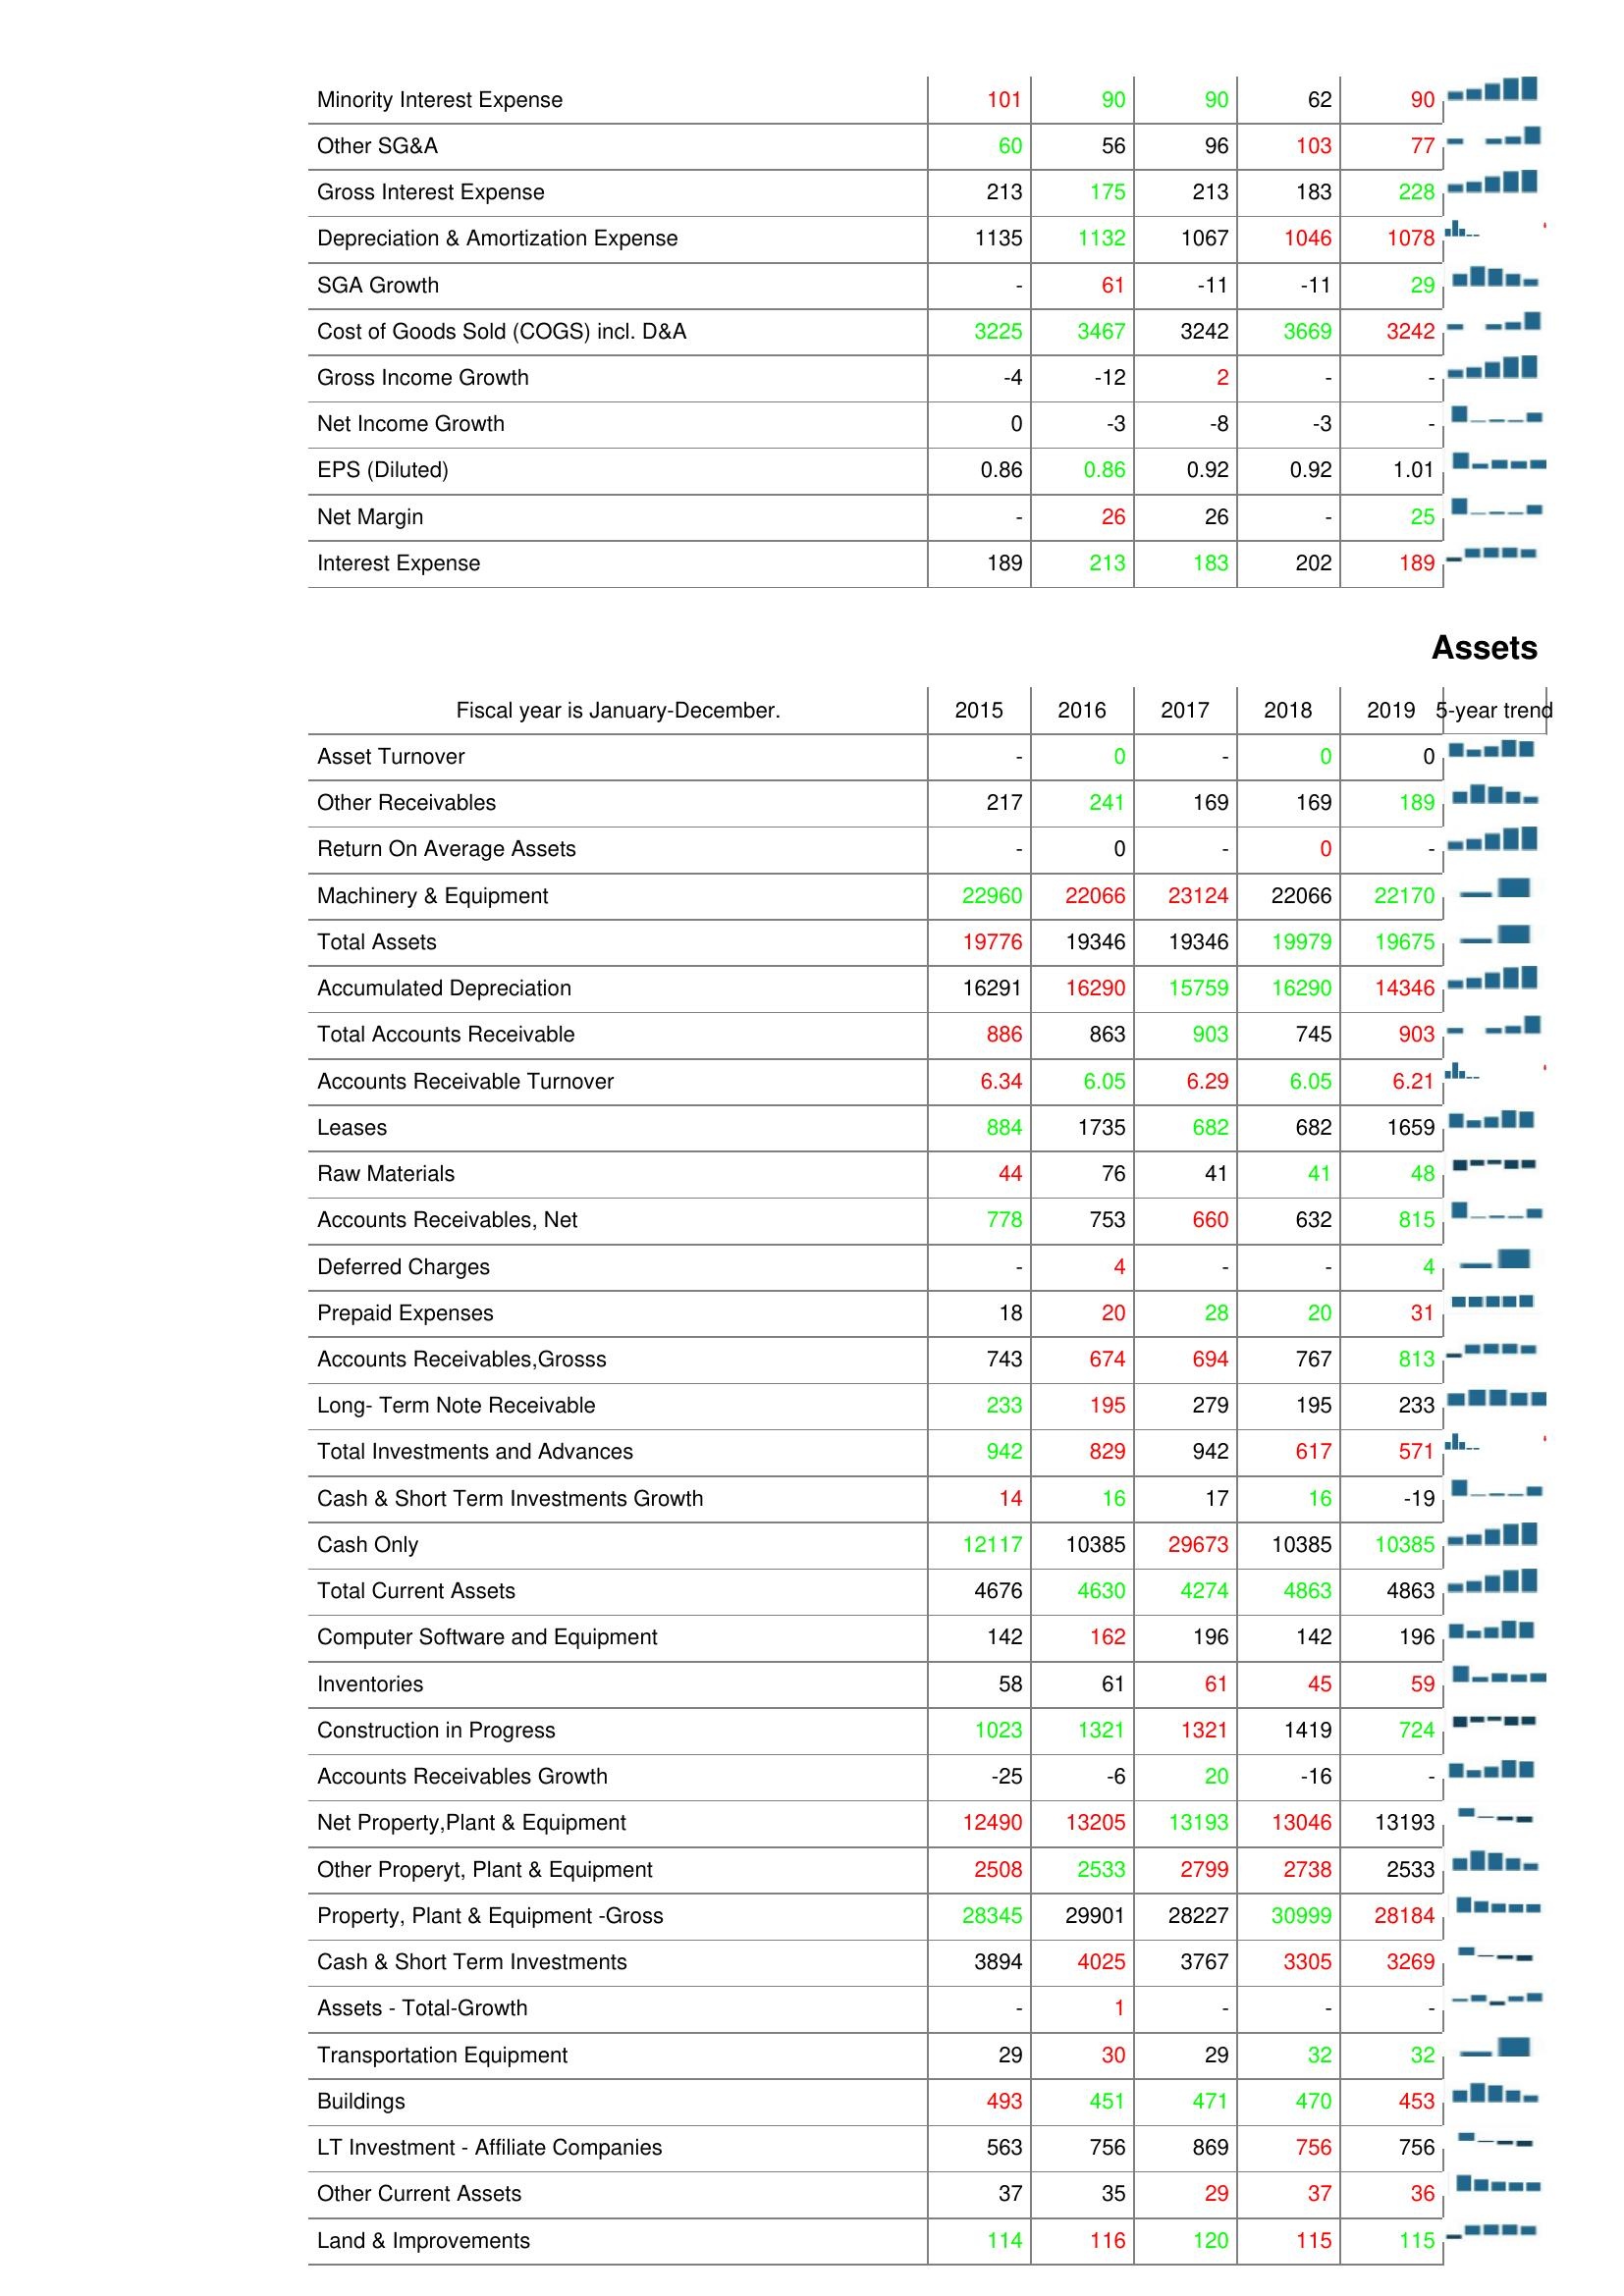
2015: : Minority Interest Expense: 101
Other SG&A: 60
Gross Interest Expense: 213
Depreciation & Amortization Expense: 1135
SGA Growth: -
Cost of Goods Sold (COGS) incl. D&A: 3225
Gross Income Growth: -4
Net Income Growth: 0
EPS (Diluted): 0.86
Net Margin: -
Interest Expense: 189
Assets: Asset Turnover: -
Other Receivables: 217
Return On Average Assets: -
Machinery & Equipment: 22960
Total Assets: 19776
Accumulated Depreciation: 16291
Total Accounts Receivable: 886
Accounts Receivable Turnover: 6.34
Leases: 884
Raw Materials: 44
Accounts Receivables, Net: 778
Deferred Charges: -
Prepaid Expenses: 18
Accounts Receivables,Grosss: 743
Long- Term Note Receivable: 233
Total Investments and Advances: 942
Cash & Short Term Investments Growth: 14
Cash Only: 12117
Total Current Assets: 4676
Computer Software and Equipment: 142
Inventories: 58
Construction in Progress: 1023
Accounts Receivables Growth: -25
Net Property,Plant & Equipment: 12490
Other Properyt, Plant & Equipment: 2508
Property, Plant & Equipment -Gross: 28345
Cash & Short Term Investments: 3894
Assets - Total-Growth: -
Transportation Equipment: 29
Buildings: 493
LT Investment - Affiliate Companies: 563
Other Current Assets: 37
Land & Improvements: 114
2016: : Minority Interest Expense: 90
Other SG&A: 56
Gross Interest Expense: 175
Depreciation & Amortization Expense: 1132
SGA Growth: 61
Cost of Goods Sold (COGS) incl. D&A: 3467
Gross Income Growth: -12
Net Income Growth: -3
EPS (Diluted): 0.86
Net Margin: 26
Interest Expense: 213
Assets: Asset Turnover: 0
Other Receivables: 241
Return On Average Assets: 0
Machinery & Equipment: 22066
Total Assets: 19346
Accumulated Depreciation: 16290
Total Accounts Receivable: 863
Accounts Receivable Turnover: 6.05
Leases: 1735
Raw Materials: 76
Accounts Receivables, Net: 753
Deferred Charges: 4
Prepaid Expenses: 20
Accounts Receivables,Grosss: 674
Long- Term Note Receivable: 195
Total Investments and Advances: 829
Cash & Short Term Investments Growth: 16
Cash Only: 10385
Total Current Assets: 4630
Computer Software and Equipment: 162
Inventories: 61
Construction in Progress: 1321
Accounts Receivables Growth: -6
Net Property,Plant & Equipment: 13205
Other Properyt, Plant & Equipment: 2533
Property, Plant & Equipment -Gross: 29901
Cash & Short Term Investments: 4025
Assets - Total-Growth: 1
Transportation Equipment: 30
Buildings: 451
LT Investment - Affiliate Companies: 756
Other Current Assets: 35
Land & Improvements: 116
2017: : Minority Interest Expense: 90
Other SG&A: 96
Gross Interest Expense: 213
Depreciation & Amortization Expense: 1067
SGA Growth: -11
Cost of Goods Sold (COGS) incl. D&A: 3242
Gross Income Growth: 2
Net Income Growth: -8
EPS (Diluted): 0.92
Net Margin: 26
Interest Expense: 183
Assets: Asset Turnover: -
Other Receivables: 169
Return On Average Assets: -
Machinery & Equipment: 23124
Total Assets: 19346
Accumulated Depreciation: 15759
Total Accounts Receivable: 903
Accounts Receivable Turnover: 6.29
Leases: 682
Raw Materials: 41
Accounts Receivables, Net: 660
Deferred Charges: -
Prepaid Expenses: 28
Accounts Receivables,Grosss: 694
Long- Term Note Receivable: 279
Total Investments and Advances: 942
Cash & Short Term Investments Growth: 17
Cash Only: 29673
Total Current Assets: 4274
Computer Software and Equipment: 196
Inventories: 61
Construction in Progress: 1321
Accounts Receivables Growth: 20
Net Property,Plant & Equipment: 13193
Other Properyt, Plant & Equipment: 2799
Property, Plant & Equipment -Gross: 28227
Cash & Short Term Investments: 3767
Assets - Total-Growth: -
Transportation Equipment: 29
Buildings: 471
LT Investment - Affiliate Companies: 869
Other Current Assets: 29
Land & Improvements: 120
2018: : Minority Interest Expense: 62
Other SG&A: 103
Gross Interest Expense: 183
Depreciation & Amortization Expense: 1046
SGA Growth: -11
Cost of Goods Sold (COGS) incl. D&A: 3669
Gross Income Growth: -
Net Income Growth: -3
EPS (Diluted): 0.92
Net Margin: -
Interest Expense: 202
Assets: Asset Turnover: 0
Other Receivables: 169
Return On Average Assets: 0
Machinery & Equipment: 22066
Total Assets: 19979
Accumulated Depreciation: 16290
Total Accounts Receivable: 745
Accounts Receivable Turnover: 6.05
Leases: 682
Raw Materials: 41
Accounts Receivables, Net: 632
Deferred Charges: -
Prepaid Expenses: 20
Accounts Receivables,Grosss: 767
Long- Term Note Receivable: 195
Total Investments and Advances: 617
Cash & Short Term Investments Growth: 16
Cash Only: 10385
Total Current Assets: 4863
Computer Software and Equipment: 142
Inventories: 45
Construction in Progress: 1419
Accounts Receivables Growth: -16
Net Property,Plant & Equipment: 13046
Other Properyt, Plant & Equipment: 2738
Property, Plant & Equipment -Gross: 30999
Cash & Short Term Investments: 3305
Assets - Total-Growth: -
Transportation Equipment: 32
Buildings: 470
LT Investment - Affiliate Companies: 756
Other Current Assets: 37
Land & Improvements: 115
2019: : Minority Interest Expense: 90
Other SG&A: 77
Gross Interest Expense: 228
Depreciation & Amortization Expense: 1078
SGA Growth: 29
Cost of Goods Sold (COGS) incl. D&A: 3242
Gross Income Growth: -
Net Income Growth: -
EPS (Diluted): 1.01
Net Margin: 25
Interest Expense: 189
Assets: Asset Turnover: 0
Other Receivables: 189
Return On Average Assets: -
Machinery & Equipment: 22170
Total Assets: 19675
Accumulated Depreciation: 14346
Total Accounts Receivable: 903
Accounts Receivable Turnover: 6.21
Leases: 1659
Raw Materials: 48
Accounts Receivables, Net: 815
Deferred Charges: 4
Prepaid Expenses: 31
Accounts Receivables,Grosss: 813
Long- Term Note Receivable: 233
Total Investments and Advances: 571
Cash & Short Term Investments Growth: -19
Cash Only: 10385
Total Current Assets: 4863
Computer Software and Equipment: 196
Inventories: 59
Construction in Progress: 724
Accounts Receivables Growth: -
Net Property,Plant & Equipment: 13193
Other Properyt, Plant & Equipment: 2533
Property, Plant & Equipment -Gross: 28184
Cash & Short Term Investments: 3269
Assets - Total-Growth: -
Transportation Equipment: 32
Buildings: 453
LT Investment - Affiliate Companies: 756
Other Current Assets: 36
Land & Improvements: 115